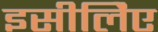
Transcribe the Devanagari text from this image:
इसीलिेए